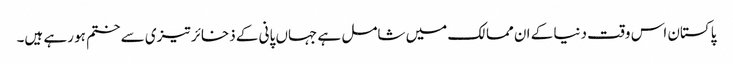
پاکستان اس وقت دنیا کے ان ممالک میں شامل ہے جہاں پانی کے ذخائر تیزی سے ختم ہو رہے ہیں۔